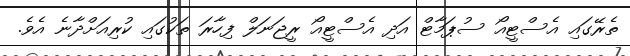
ތެރޭގައި އެސްޓީއޯ ސުޕަމާޓް އަދި އެސްޓީއޯ ރީޖަނަލް ފިހާރަ ތަކުގައި ކުރިއަށްދާނެ އެވެ.